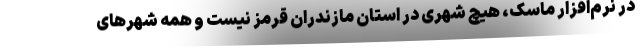
در نرم‌افزار ماسک، هیچ شهری در استان مازندران قرمز نیست و همه شهرهای